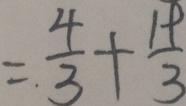
= \frac { 4 } { 3 } + \frac { 1 9 } { 3 }